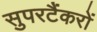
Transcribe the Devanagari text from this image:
सुपरटैंकरों